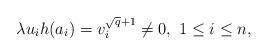
LaTeX: \begin{align*} \lambda u_ih(a_i)=v_i^{\sqrt{q}+1}\neq 0,\ 1\leq i\leq n, \end{align*}